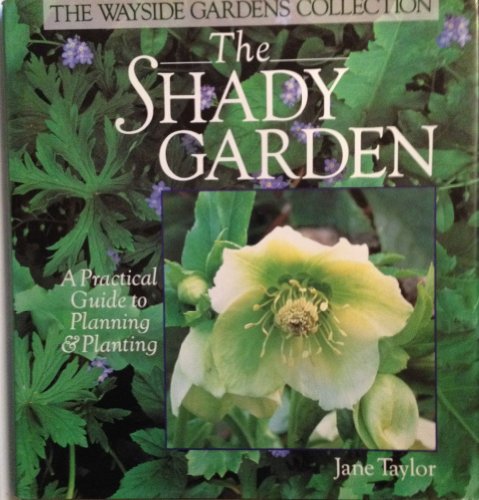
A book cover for The Shady Garden: A Practical Guide to Planning & Planting (Wayside Gardens Collection); Jane Taylor; Crafts, Hobbies & Home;